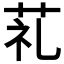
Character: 𦮲